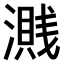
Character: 𣿽